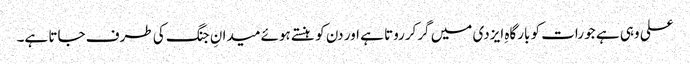
علی وہی ہے جو رات کو بارگاہِ ایزدی میں گرکرروتا ہے اور دن کو ہنستے ہوئے میدانِ جنگ کی طرف جاتا ہے۔